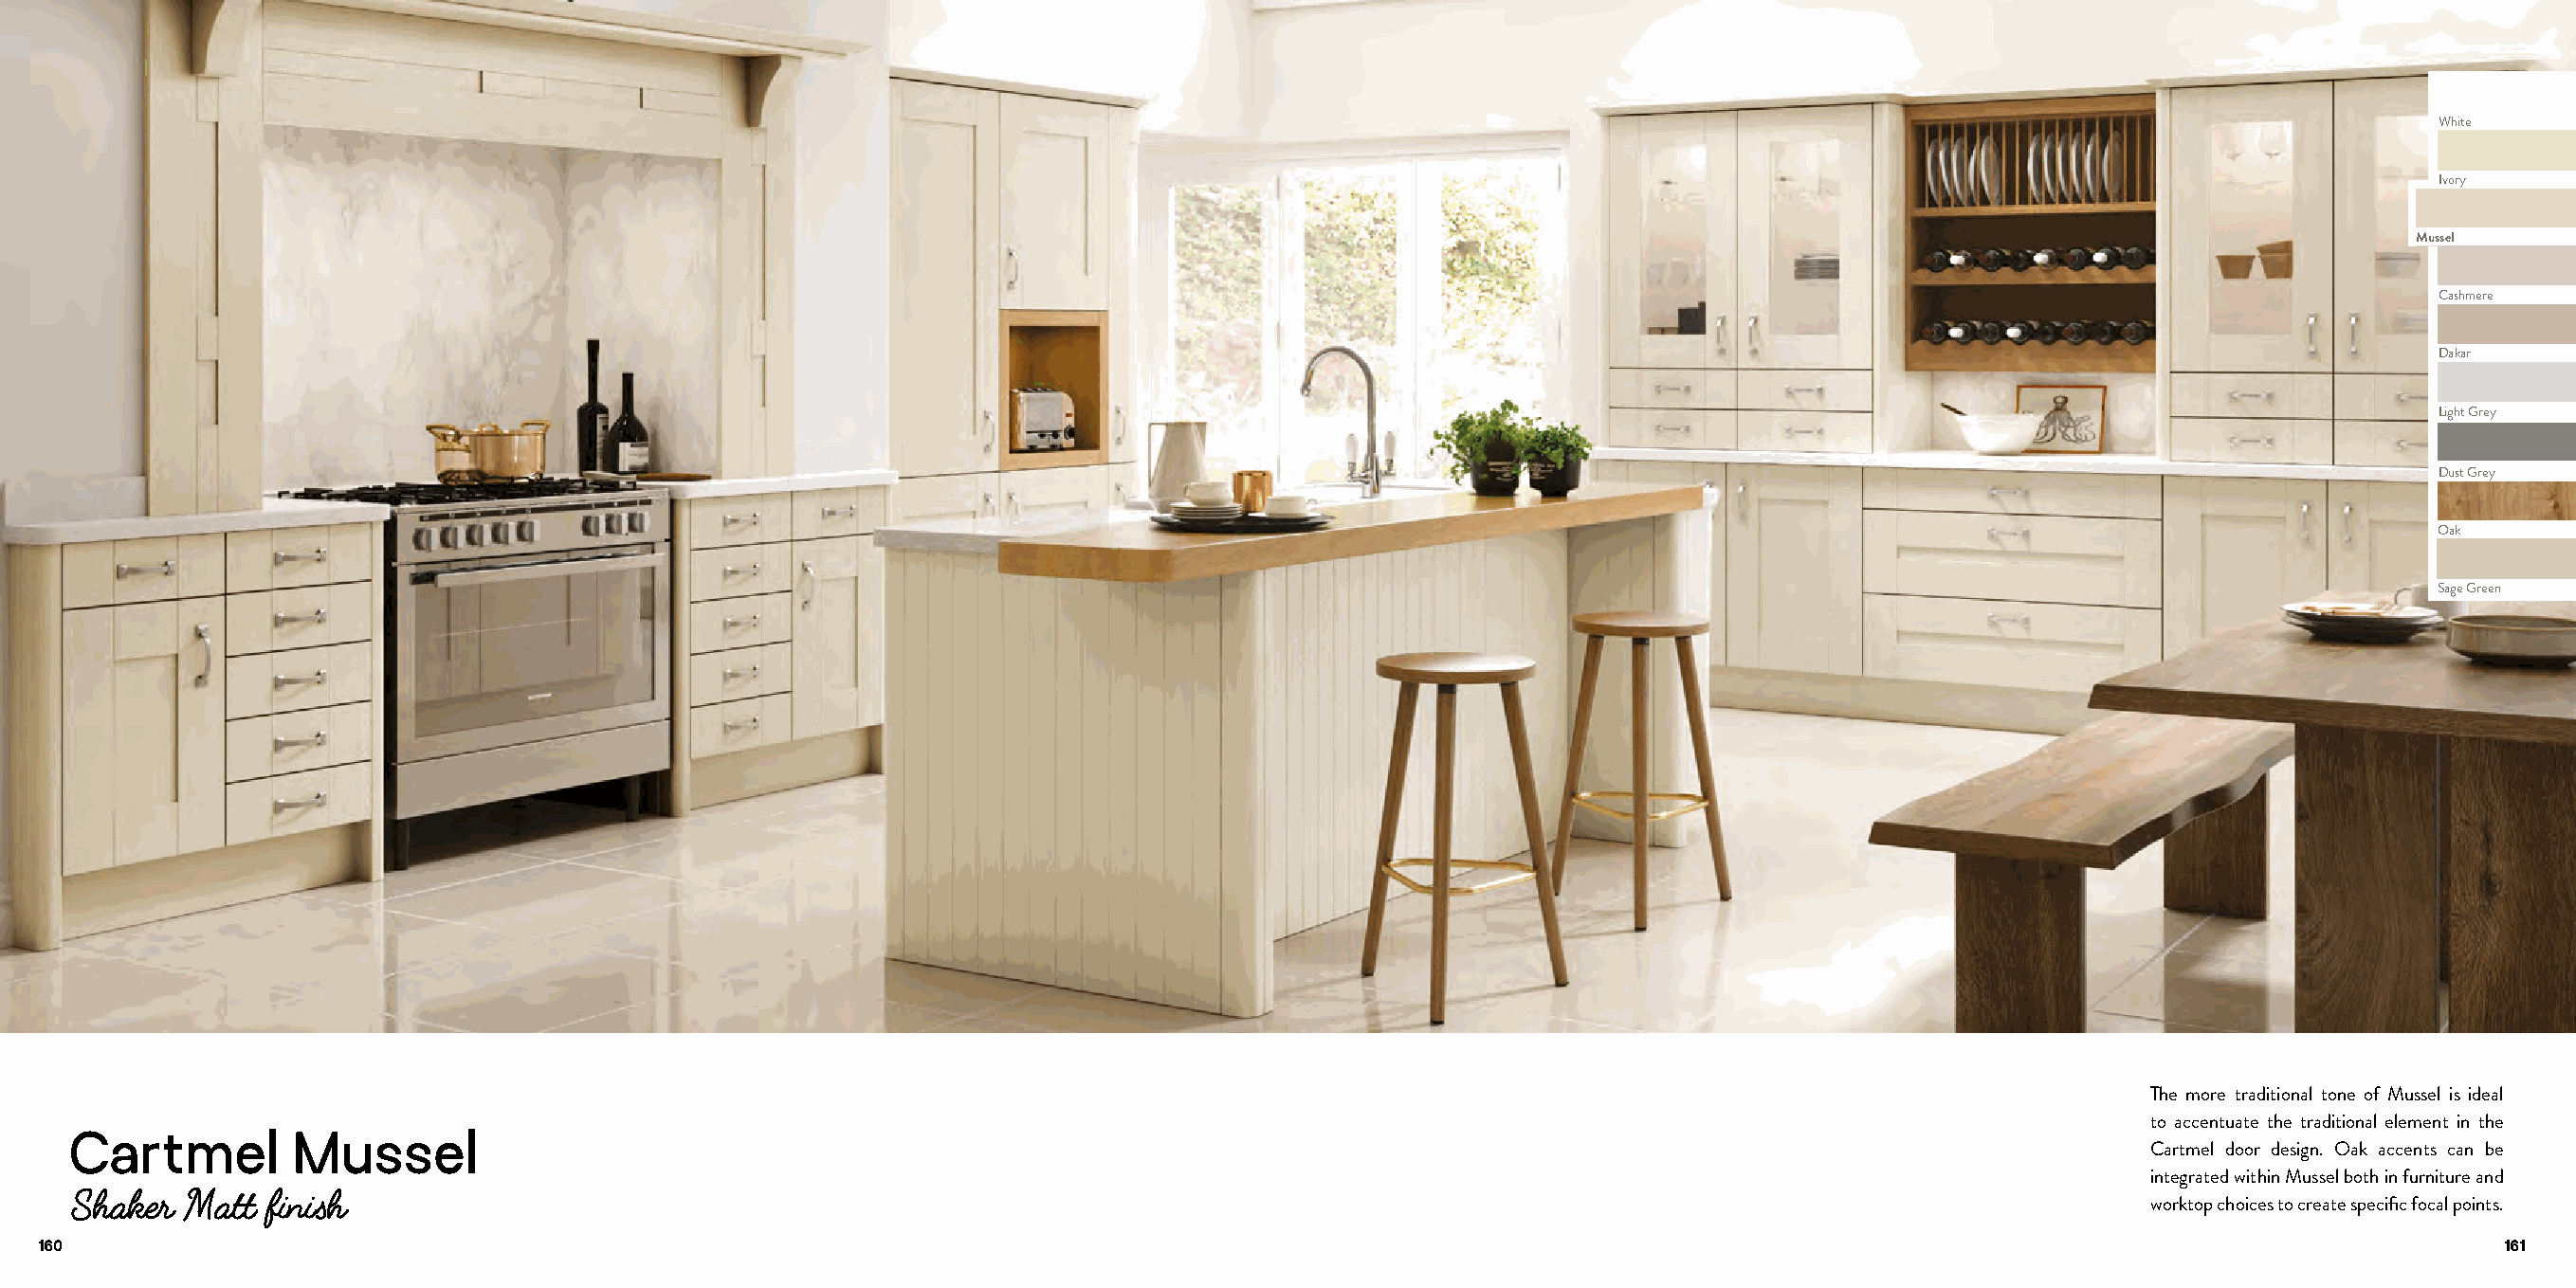
White
 Ivory
 Mussel
 Cashmere
 Dakar
 Light Grey
 Dust Grey
 Oak
 Sage Green
 The more traditional tone of Mussel is ideal
 to accentuate the traditional element in the
 Cartmel         Mussel
 Cartmel door design. Oak accents can be
 integrated within Mussel both in furniture and
 Shaker  Matt  finish
 worktop choices to create specific focal points.
 160                                                                                                                                                                         161